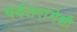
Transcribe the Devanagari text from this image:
पर्वतरांगेशी